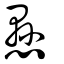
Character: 懸